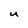
Character: U